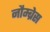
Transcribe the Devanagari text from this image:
नौम्ब्रेस